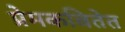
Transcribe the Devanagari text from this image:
प्रेमकवितेत